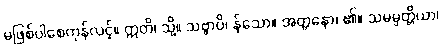
မဖြစ်ပါစေကုန်လင့်။ ဣတိ၊ သို့။ သဗ္ဗာပိ၊ န်သော။ အတ္တနော၊ ၏။ သမမ္ပတ္တိယာ၊